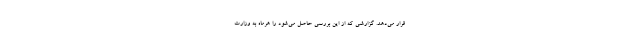
قرار می‌دهد. گزارشی که از این بررسی حاصل می‌شود را هرماه به وزارت